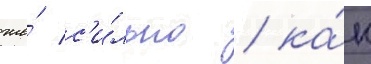
же́ с'и́льно / ка́к